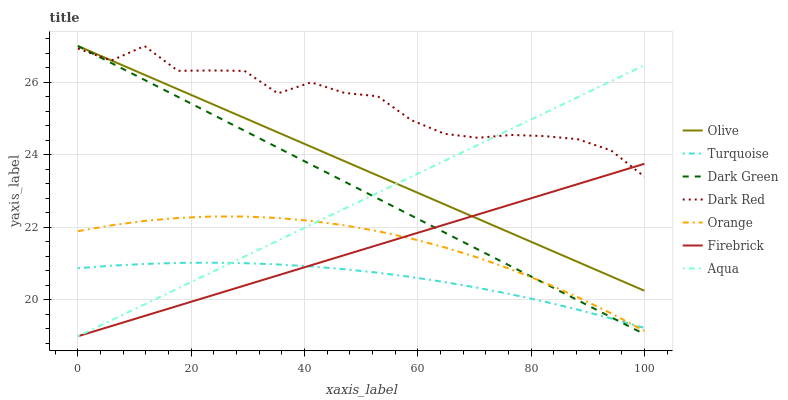
| xaxis_label | Olive | Turquoise | Dark Green | Dark Red | Orange | Firebrick | Aqua |
 | --- | --- | --- | --- | --- | --- | --- | --- |
 | 0 | 27 | 20.9 | 27 | 26.9 | 21.9 | 19 | 19 |
 | 5.88 | 26.6 | 20.9 | 26.5 | 26.6 | 22.1 | 19.3 | 19.4 |
 | 11.8 | 26.2 | 21 | 26.1 | 27 | 22.2 | 19.6 | 19.9 |
 | 17.6 | 25.8 | 21 | 25.6 | 26.3 | 22.3 | 19.8 | 20.3 |
 | 23.5 | 25.4 | 21 | 25.1 | 26.3 | 22.3 | 20.1 | 20.8 |
 | 29.4 | 25 | 21 | 24.7 | 26.3 | 22.3 | 20.4 | 21.2 |
 | 35.3 | 24.6 | 21 | 24.2 | 25.7 | 22.3 | 20.7 | 21.6 |
 | 41.2 | 24.2 | 20.9 | 23.7 | 26 | 22.2 | 21 | 22.1 |
 | 47.1 | 23.8 | 20.8 | 23.3 | 25.7 | 22.1 | 21.2 | 22.5 |
 | 52.9 | 23.4 | 20.8 | 22.8 | 25.6 | 21.9 | 21.5 | 23 |
 | 58.8 | 23 | 20.6 | 22.3 | 25 | 21.7 | 21.8 | 23.4 |
 | 64.7 | 22.6 | 20.5 | 21.9 | 24.6 | 21.5 | 22.1 | 23.8 |
 | 70.6 | 22.2 | 20.3 | 21.4 | 24.5 | 21.2 | 22.4 | 24.3 |
 | 76.5 | 21.8 | 20.2 | 20.9 | 24.5 | 20.8 | 22.6 | 24.7 |
 | 82.4 | 21.4 | 20 | 20.5 | 24.5 | 20.5 | 22.9 | 25.2 |
 | 88.2 | 21 | 19.7 | 20 | 24.4 | 20.1 | 23.2 | 25.6 |
 | 94.1 | 20.7 | 19.5 | 19.5 | 24.1 | 19.6 | 23.5 | 26 |
 | 100 | 20.3 | 19.2 | 19.1 | 23.4 | 19.1 | 23.8 | 26.5 |